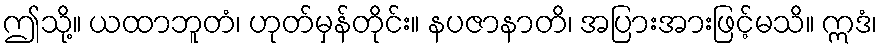
ဤသို့။ ယထာဘူတံ၊ ဟုတ်မှန်တိုင်း။ နပဇာနာတိ၊ အပြားအားဖြင့်မသိ။ ဣဒံ၊